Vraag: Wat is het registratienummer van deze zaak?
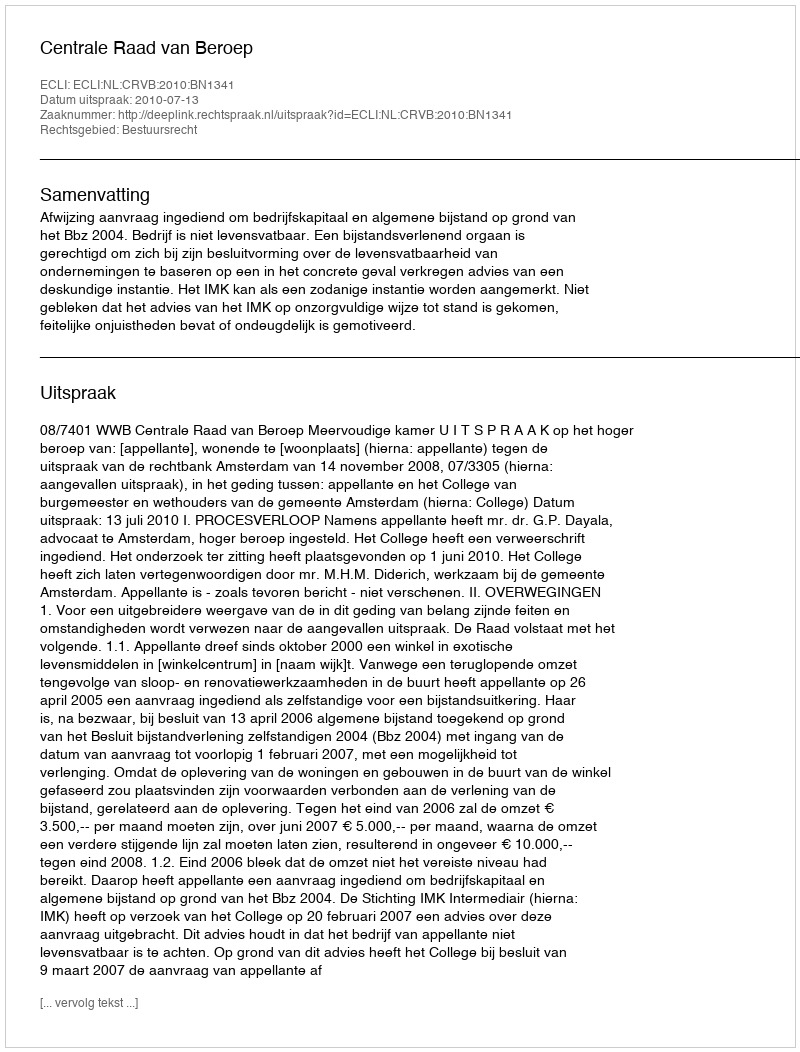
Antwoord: http://deeplink.rechtspraak.nl/uitspraak?id=ECLI:NL:CRVB:2010:BN1341